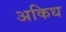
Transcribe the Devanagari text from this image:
अकिध